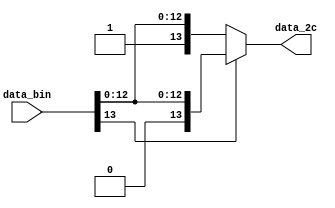
`timescale 1ns / 1ps
//////////////////////////////////////////////////////////////////////////////////
// Company: 
// Engineer: 
// 
// Design Name: 
// Module Name: bin22c
// Project Name: 
// Target Devices: 
// Tool Versions: 
// Description: 
// 
// Dependencies: 
// 
// Revision:
// Revision 0.01 - File Created
// Additional Comments:
// 
//////////////////////////////////////////////////////////////////////////////////


module bin22c #(parameter DATAWIDTH=14) 
                ( input [DATAWIDTH-1:0] data_bin,
                  output [DATAWIDTH-1:0] data_2c
    );

reg [DATAWIDTH-1:0] data_2c_int=0;
always @ *
begin
    if (data_bin[DATAWIDTH-1])
        data_2c_int={1'b0,data_bin[DATAWIDTH-2:0]};
    else
        data_2c_int={1'b1,data_bin[DATAWIDTH-2:0]};
end

assign data_2c=data_2c_int;
endmodule